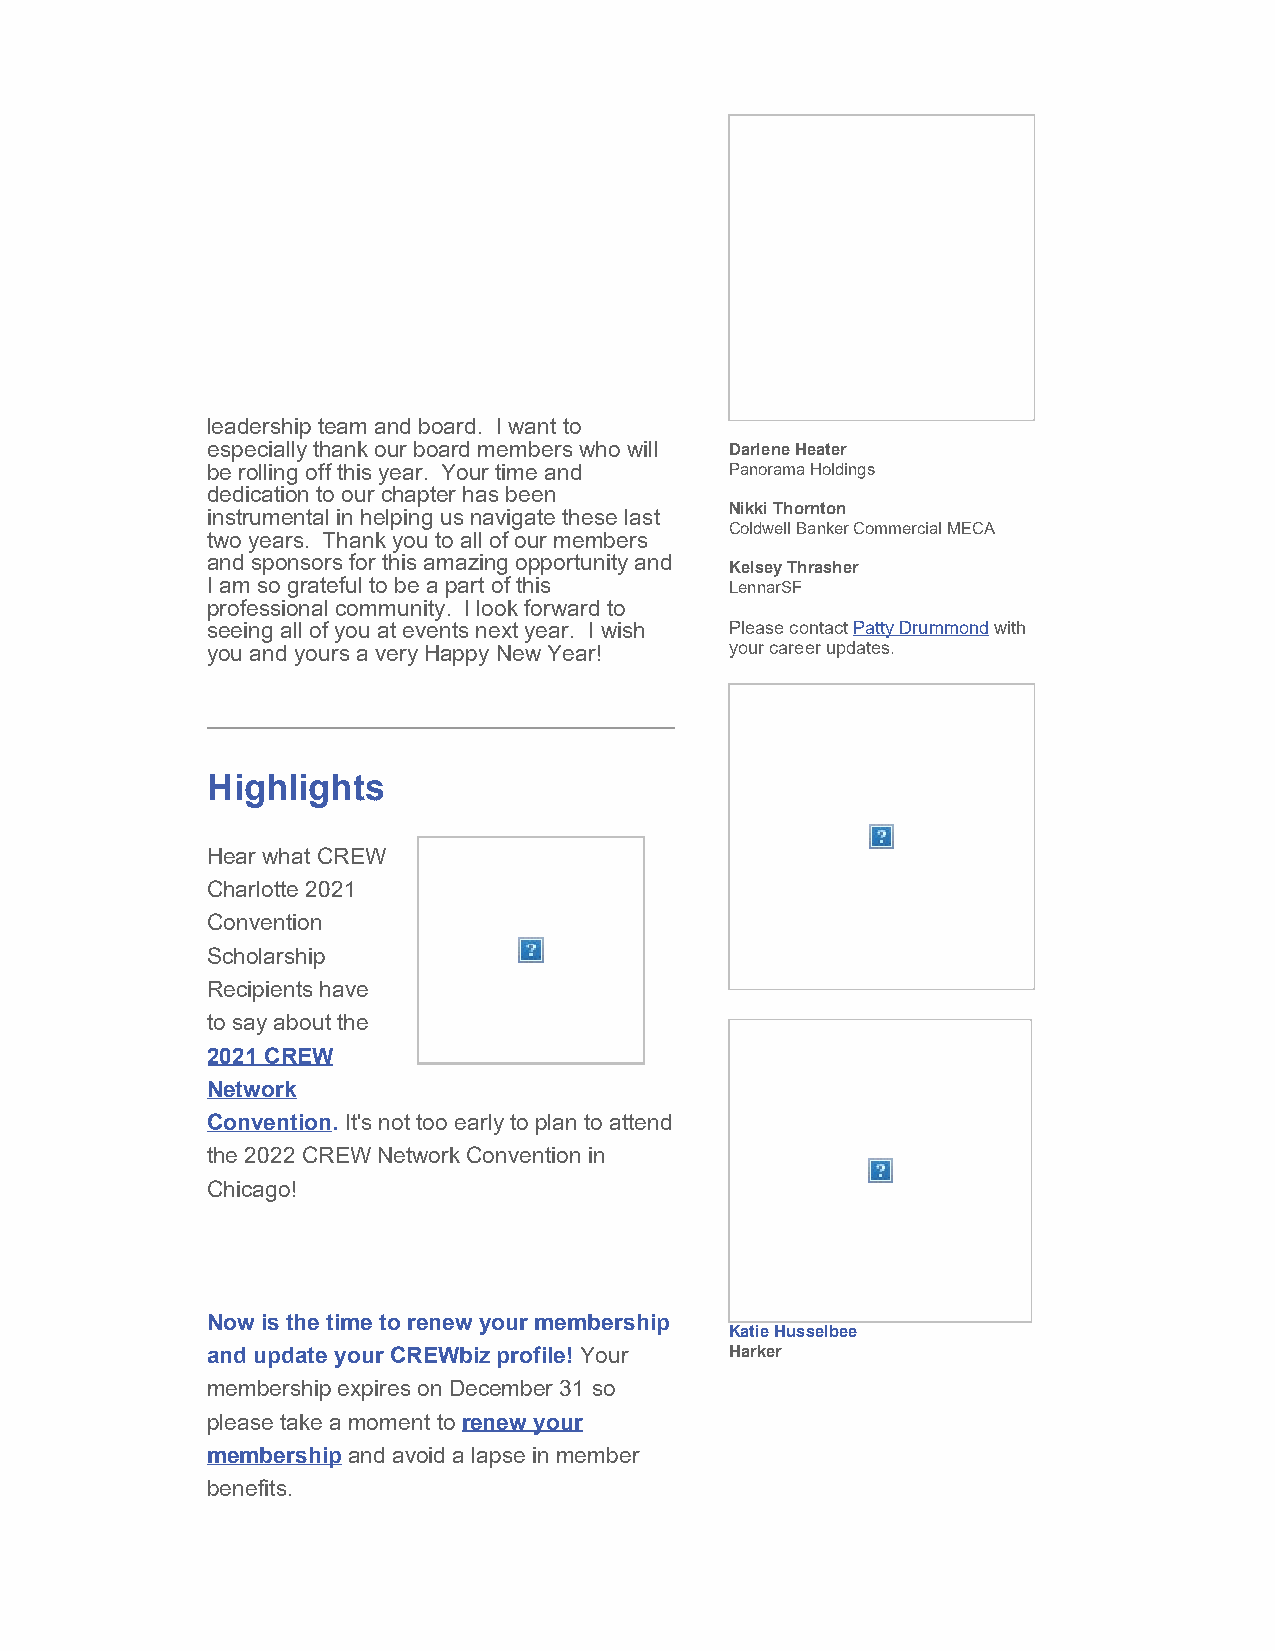
leadership team and board. I want to
 especially thank our board members who will Darlene Heater
 be rolling off this year. Your time and Panorama Holdings
 dedication to our chapter has been
 instrumental in helping us navigate these last Nikki Thornton
 Coldwell Banker Commercial MECA
 two years. Thank you to all of our members
 and sponsors for this amazing opportunity and
 Kelsey Thrasher
 I am so grateful to be a part of this LennarSF
 professional community. I look forward to
 seeing all of you at events next year. I wish Please contact Patty Drummond with
 you and yours a very Happy New Year! your career updates.
 Highlights
 Hear what CREW
 Charlotte 2021
 Convention
 Scholarship
 Recipients have
 to say about the
 2021 CREW
 Network
 Convention. It's not too early to plan to attend
 the 2022 CREW Network Convention in
 Chicago!
 Now is the time to renew your membership
 Katie Husselbee
 and update your CREWbiz profile! Your Harker
 membership expires on December 31 so
 please take a moment to renew your
 membership and avoid a lapse in member
 benefits.